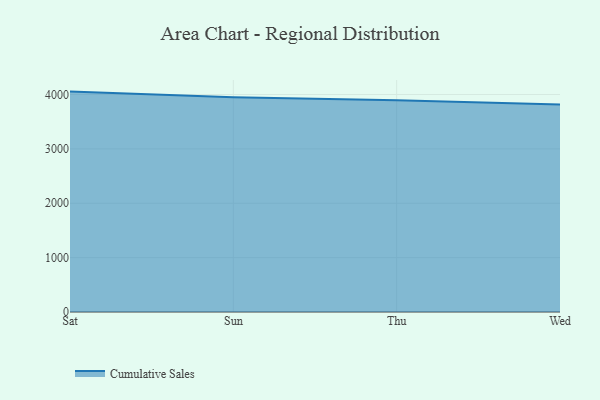
{"axis": {"x": "Day", "y": "Website Visitors"}, "legend": ["Cumulative Sales"], "data": [{"x": "Sat", "y": 4053.8, "type": "Cumulative Sales"}, {"x": "Sun", "y": 3949.2, "type": "Cumulative Sales"}, {"x": "Thu", "y": 3895.1, "type": "Cumulative Sales"}, {"x": "Wed", "y": 3814.6, "type": "Cumulative Sales"}]}